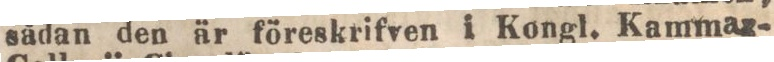
sådan den är föreskrifven i Kongl. Kammar-